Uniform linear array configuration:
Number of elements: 16
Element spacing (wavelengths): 0.25
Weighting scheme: uniform
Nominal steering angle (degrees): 0
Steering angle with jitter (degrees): -1.704
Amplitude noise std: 0.05
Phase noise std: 0.05

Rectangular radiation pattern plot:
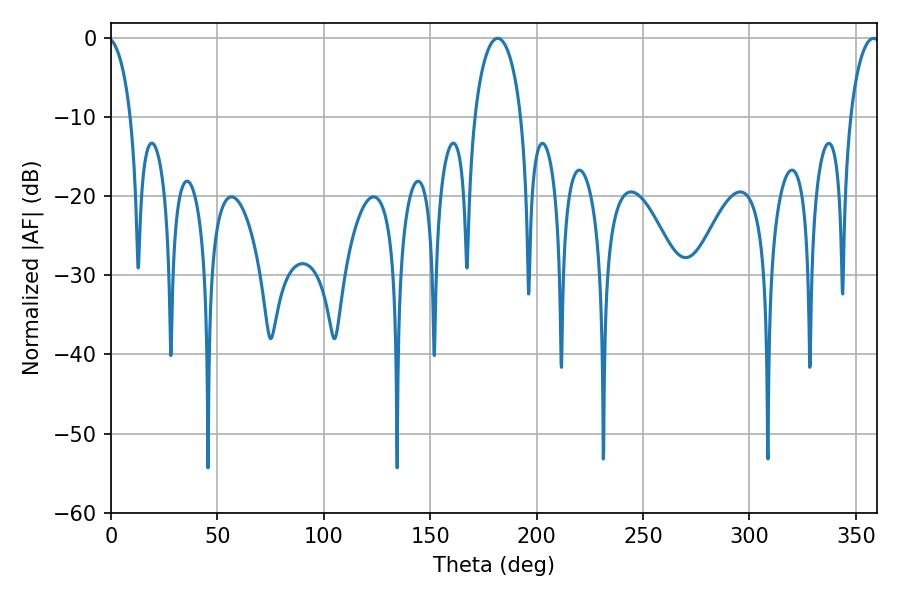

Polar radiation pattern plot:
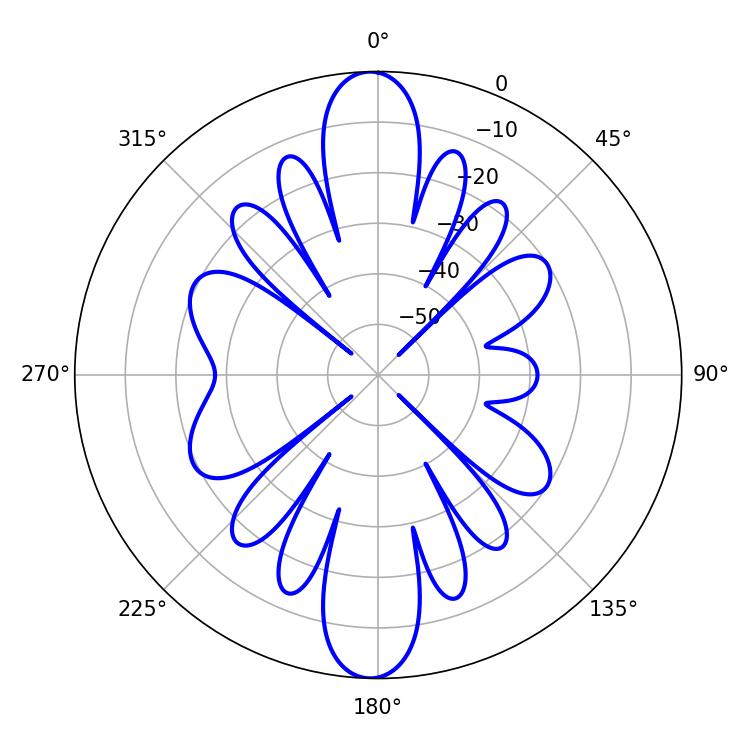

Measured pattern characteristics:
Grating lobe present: FALSE
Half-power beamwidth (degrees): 12.42
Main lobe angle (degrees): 181.62